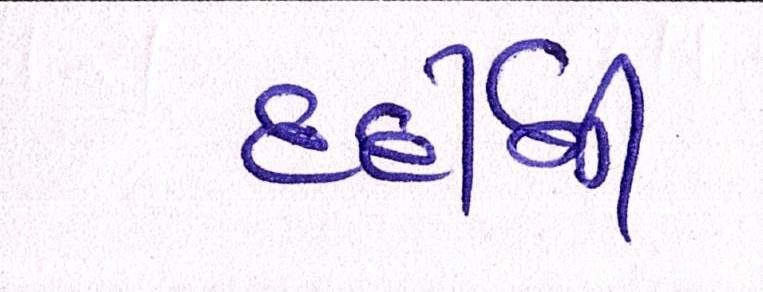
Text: દર્દીની